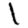
Digit: 1